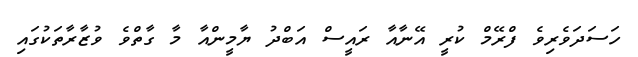
ހަސަދަވެރިވެ ފްރޭމް ކުރީ އޭނާއާ ރައީސް އަބްދު ޔާމީންއާ މާ ގާތްވެ ވުޒާރާތަކުގައި